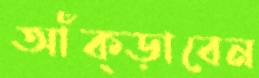
আঁক্‌ড়াবেন